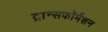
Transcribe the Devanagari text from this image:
ट्रान्सफॉर्मेशन